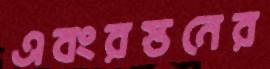
এবংরস্তনের